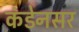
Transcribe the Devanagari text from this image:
कंडेनसर